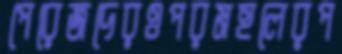
পেরেজদেরওপরমহলেরপ